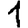
Digit: 1